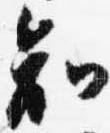
知